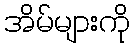
အိမ်များကို